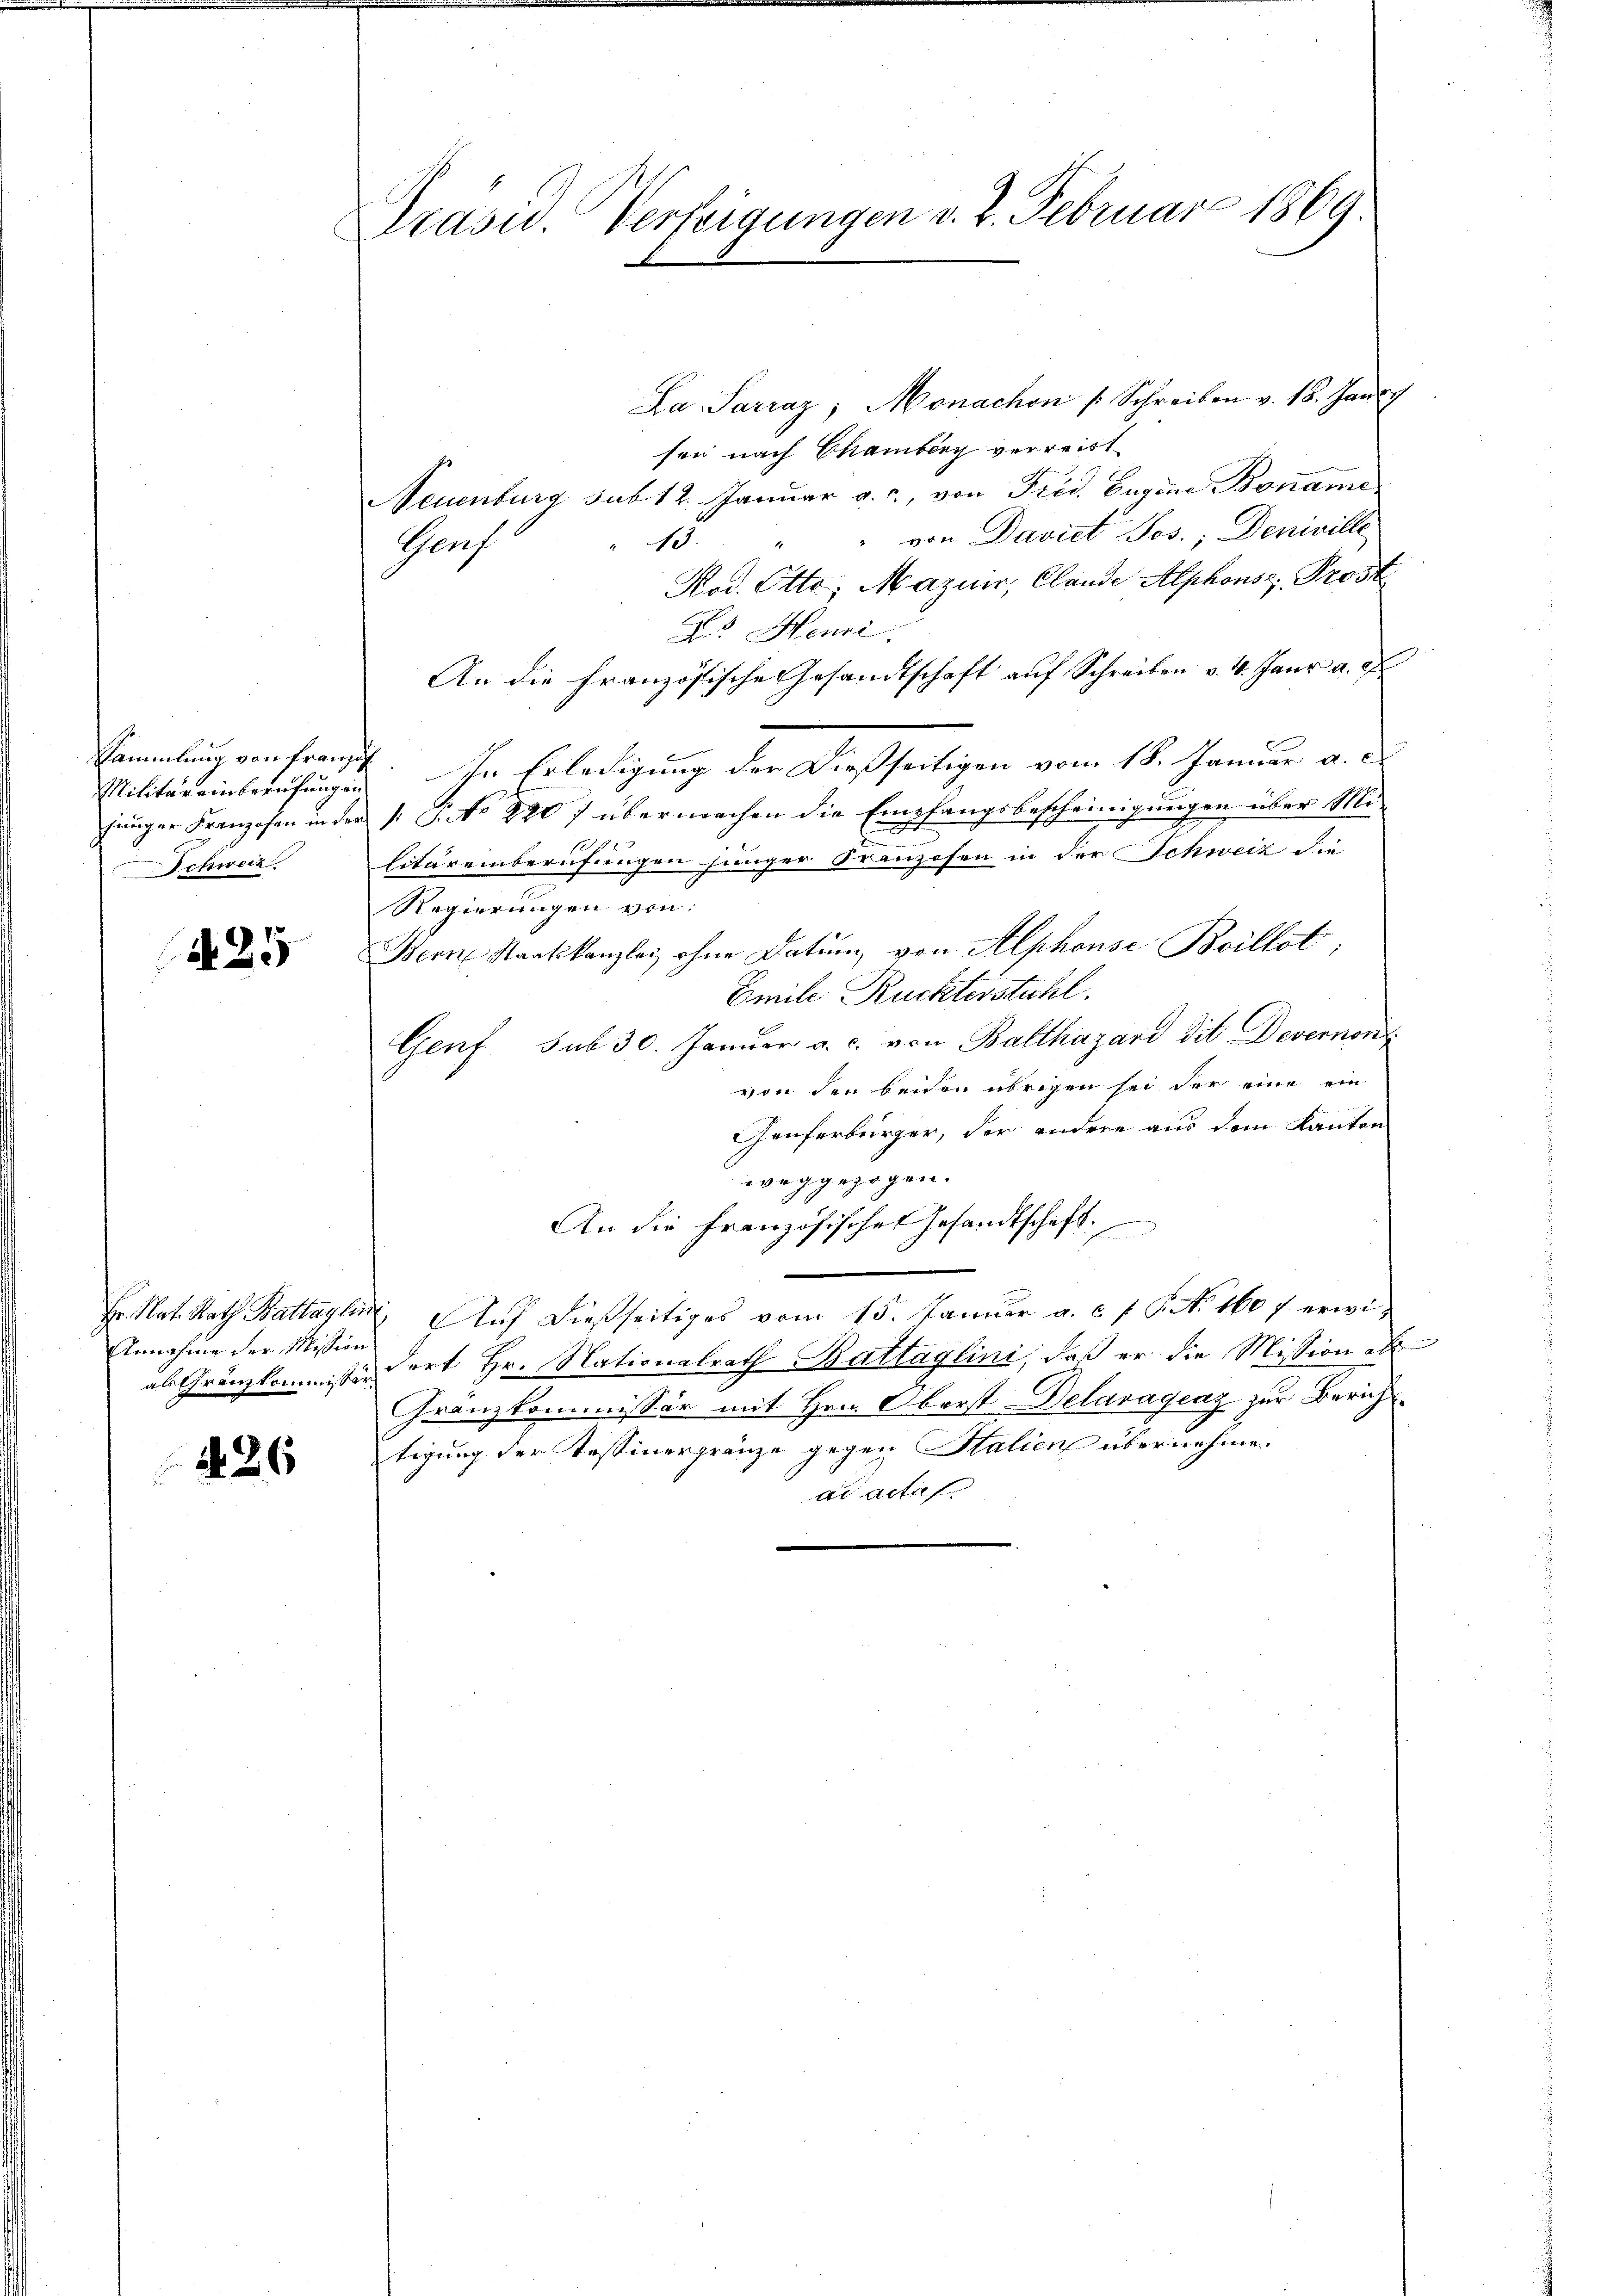
Sammlung von Franzi
Militäreinberufungen
inger Franzosen in der
Schweiz

A25

Annahme der Mission
al franzkommissär,

426

Präsid.. Verfeigungen v. 2. Februar 1869.

La. Sarraz, Monachen /: Schreiben v. 18. Jan
son nach Chamberg verreist
Neuenburg sub 12. Januar a. c., von Frid. Eugene Boname
von Davict Jes. Deniville
1
Gruf
Kod. Otto; Mazuir, Clande Alphonsz. Prost
Da Henri
An die französische Gesandtschaft auf Schreiben v. 4. Janr a. g.
In Erledigung der Dießseitigen vom 18. Januar d. d.
: P. No 2907 übermachen die Empfangsbescheinigungen über Mi-
litäreinberufungen jünger Kranzosen in der Schweiz die
Regierungen von:
Bern Staatskanzlei ohne Datum von Alphonse Boillot,
Emile Rückterstuhl.
Genf. sub 30. Januar a. c. von Balthasard die Devernonis
von den beiden übrigen sei der eine ein
Genferbürger, der andere aus dem Kanton
weggezogen.
An die französisches Gesandtschaft.
Fr. Nat. Rath Battaglin, Auf dießseitiges vom 15. Januar a. c. f. P. N. 1607 erwidort Hr. Nationalrath Battaglini, daß er die Mission als
Granzkommissär mit Hrn. Oberst-Delaragraz zur Berichttigung der Tessinergränze gegen Salien übernehme.
ad actif